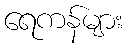
ရေကန်များ